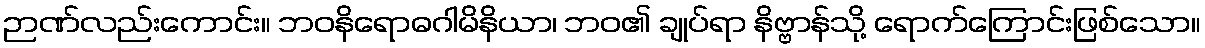
ဉာဏ်လည်းကောင်း။ ဘဝနိရောဓဂါမိနိယာ၊ ဘဝ၏ ချုပ်ရာ နိဗ္ဗာန်သို့ ရောက်ကြောင်းဖြစ်သော။